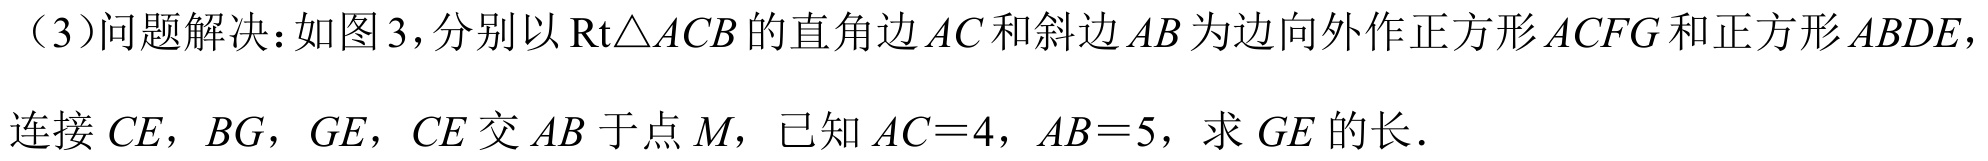
（3）问题解决：如图3，分别以$\text{Rt}\triangle ACB$的直角边$AC$和斜边$AB$为边向外作正方形$ACFG$和正方形$ABDE$，
连接$CE$，$BG$，$GE$，$CE$交$AB$于点$M$，已知$AC = 4$，$AB = 5$，求$GE$的长．